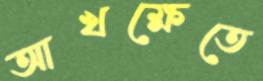
আখক্ষেতে